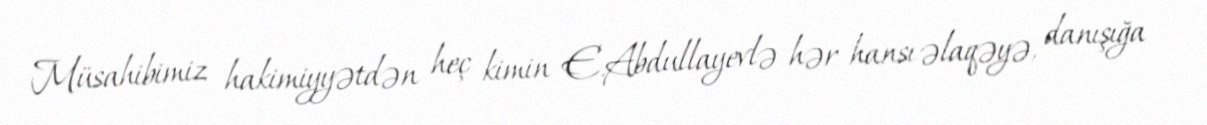
Müsahibimiz hakimiyyətdən heç kimin E.Abdullayevlə hər hansı əlaqəyə, danışığa